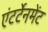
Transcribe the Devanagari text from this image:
एंटर्टेनमेंट